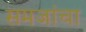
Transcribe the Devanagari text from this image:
समजांचा